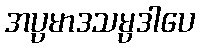
အပ္ပမာဒသမ္ပဒါပေ